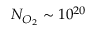
N _ { O _ { 2 } } \sim 1 0 ^ { 2 0 }